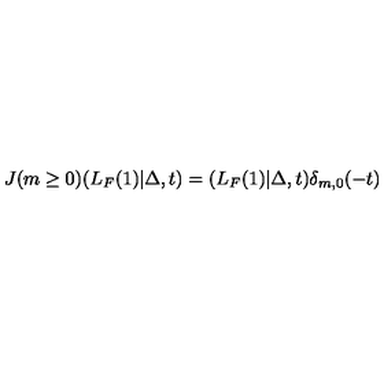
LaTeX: J ( m \ge 0 ) ( L _ { F } ( 1 ) | \Delta , t ) = ( L _ { F } ( 1 ) | \Delta , t ) \delta _ { m , 0 } ( - t )